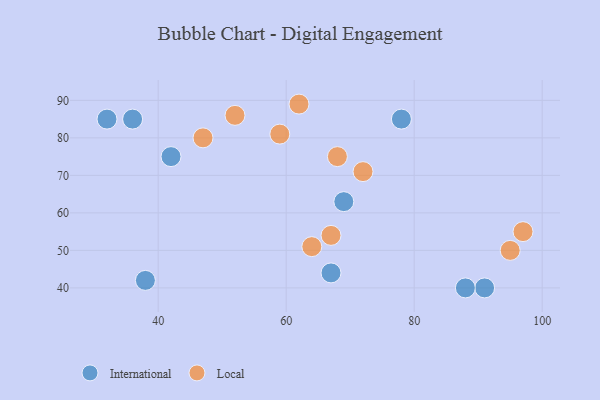
{"axis": {"x": "GDP", "y": "Life Expectancy"}, "legend": ["International", "Local"], "data": [{"x": "78", "y": 85, "type": "International"}, {"x": "91", "y": 40, "type": "International"}, {"x": "32", "y": 85, "type": "International"}, {"x": "88", "y": 40, "type": "International"}, {"x": "67", "y": 44, "type": "International"}, {"x": "42", "y": 75, "type": "International"}, {"x": "36", "y": 85, "type": "International"}, {"x": "69", "y": 63, "type": "International"}, {"x": "38", "y": 42, "type": "International"}, {"x": "64", "y": 51, "type": "Local"}, {"x": "67", "y": 54, "type": "Local"}, {"x": "59", "y": 81, "type": "Local"}, {"x": "52", "y": 86, "type": "Local"}, {"x": "47", "y": 80, "type": "Local"}, {"x": "72", "y": 71, "type": "Local"}, {"x": "97", "y": 55, "type": "Local"}, {"x": "62", "y": 89, "type": "Local"}, {"x": "95", "y": 50, "type": "Local"}, {"x": "68", "y": 75, "type": "Local"}]}